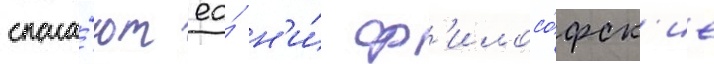
спаса́ют ео́ н'и́ ф'илосо́фск'ие